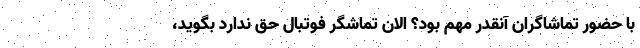
با حضور تماشاگران آنقدر مهم بود؟ الان تماشگر فوتبال حق ندارد بگوید،